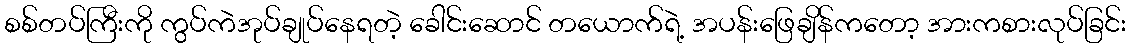
စစ်တပ်ကြီးကို ကွပ်ကဲအုပ်ချုပ်နေရတဲ့ ခေါင်းဆောင် တယောက်ရဲ့ အပန်းဖြေချိန်ကတော့ အားကစားလုပ်ခြင်း